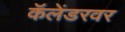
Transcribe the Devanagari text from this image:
कॅलेंडरवर